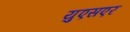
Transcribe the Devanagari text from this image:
युएसएर